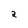
Character: 2